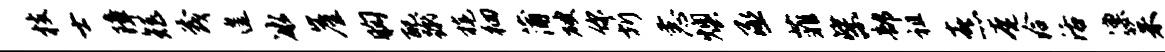
枝士障矩茂遑冰崖胸配蹴旄徊蒲破你圻恚燠丞菲柴部祖熹奄洽活凛茱